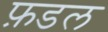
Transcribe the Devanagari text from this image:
फ़डल